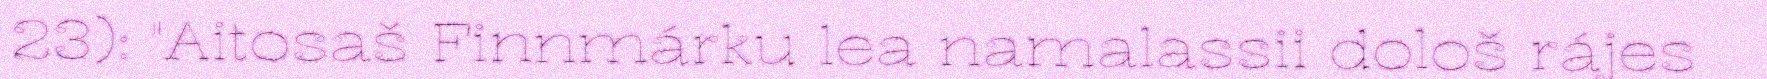
23): "Aitosaš Finnmárku lea namalassii dološ rájes